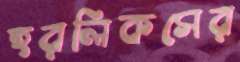
হরলিকসের